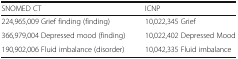
| SNOMED CT | ICNP |
 | --- | --- |
 | 224,965,009 Grief finding (finding) | 10,022,345 Grief |
 | 366,979,004 Depressed mood (finding) | 10,022,402 Depressed Mood |
 | 190,902,006 Fluid imbalance (disorder) | 10,042,335 Fluid imbalance |